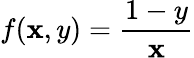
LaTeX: f(\mathbf{x},y)={\frac{{1-y}}{{\mathbf{x}}}}